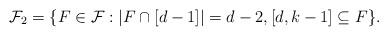
LaTeX: \begin{align*}\mathcal F_2=\{F\in\mathcal F:|F\cap[d-1]|=d-2,[d,k-1]\subseteq F\}.\end{align*}